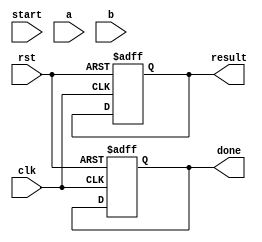
module floating_point_multiplier (
    input clk,
    input rst,
    input start,
    input [31:0] a, // Input floating-point number A
    input [31:0] b, // Input floating-point number B
    output reg [31:0] result, // Output floating-point result
    output reg done // Indicates completion of multiplication
);

    // IEEE 754 components
    reg sign_a, sign_b, sign_result;
    reg [7:0] exp_a, exp_b, exp_result;
    reg [23:0] mant_a, mant_b, mant_result;
    reg [47:0] mant_mult; // For multiplication of significands
    reg [4:0] state; // FSM state
    reg [4:0] next_state;

    // State encoding
    localparam IDLE = 5'b00001,
               UNPACK = 5'b00010,
               SIGN_COMPUTE = 5'b00100,
               EXP_ADD = 5'b01000,
               MANT_MULTIPLY = 5'b10000,
               NORMALIZE = 5'b00001,
               PACK = 5'b00010;

    // Control FSM
    always @(posedge clk or posedge rst) begin
        if (rst) begin
            state <= IDLE;
            done <= 0;
        end else begin
            state <= next_state;
        end
    end

    // Next state logic
    always @(*) begin
        case (state)
            IDLE: begin
                if (start) next_state = UNPACK;
                else next_state = IDLE;
            end
            UNPACK: next_state = SIGN_COMPUTE;
            SIGN_COMPUTE: next_state = EXP_ADD;
            EXP_ADD: next_state = MANT_MULTIPLY;
            MANT_MULTIPLY: next_state = NORMALIZE;
            NORMALIZE: next_state = PACK;
            PACK: begin
                next_state = IDLE;
                done = 1;
            end
            default: next_state = IDLE;
        endcase
    end

    // Sequential logic for each stage
    always @(posedge clk or posedge rst) begin
        if (rst) begin
            sign_result <= 0;
            exp_result <= 0;
            mant_result <= 0;
            result <= 0;
        end else begin
            case (state)
                UNPACK: begin
                    sign_a <= a[31];
                    sign_b <= b[31];
                    exp_a <= a[30:23];
                    exp_b <= b[30:23];
                    mant_a <= {1'b1, a[22:0]}; // Implicit leading 1
                    mant_b <= {1'b1, b[22:0]}; // Implicit leading 1
                end
                SIGN_COMPUTE: begin
                    sign_result <= sign_a ^ sign_b; // XOR for sign
                end
                EXP_ADD: begin
                    exp_result <= exp_a + exp_b - 127; // Subtract bias
                end
                MANT_MULTIPLY: begin
                    mant_mult <= mant_a * mant_b; // Multiply significands
                end
                NORMALIZE: begin
                    // Normalize the result
                    if (mant_mult[47]) begin
                        mant_result <= mant_mult[46:23]; // Shift right
                        exp_result <= exp_result + 1; // Increment exponent
                    end else begin
                        mant_result <= mant_mult[45:22]; // Keep as is
                    end
                end
                PACK: begin
                    // Pack the result into IEEE 754 format
                    result <= {sign_result, exp_result[7:0], mant_result[22:0]};
                end
            endcase
        end
    end

endmodule